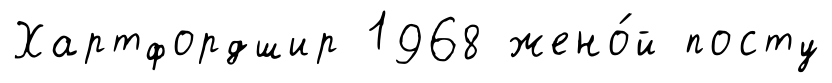
Хартфордшир 1968 жено́й посту